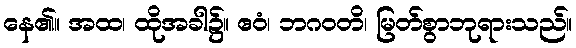
နေ၏။ အထ၊ ထိုအခါ၌။ ဧဝံ၊ ဘဂဝတိ၊ မြတ်စွာဘုရားသည်။